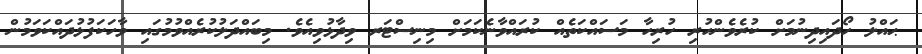
ޙައްލު ހޯދައިދިނުމަށް ކުރެވެންހުރި ހުރިހާ މަސައްކަތެއް ކުރައްވާނެކަމަށް މިނިސްޓަރ ވިދާޅުވިއެވެ. މިބައްދަލުކުރެއްވުމުގައި ވާހަކަފުޅުދައްކަވަމުން